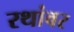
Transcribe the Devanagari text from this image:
रथांवर